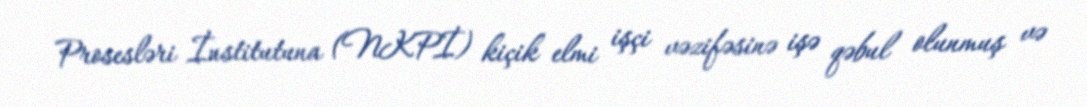
Prosesləri İnstitutuna (NKPİ) kiçik elmi işçi vəzifəsinə işə qəbul olunmuş və